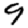
Digit: 9